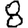
Digit: 8